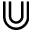
\Cup